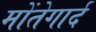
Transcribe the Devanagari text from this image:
मोंतेगार्द